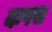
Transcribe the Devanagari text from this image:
कपस